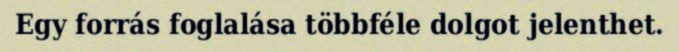
Egy forrás foglalása többféle dolgot jelenthet.